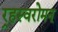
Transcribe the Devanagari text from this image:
र्‍हस्वरोमन्